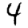
Digit: 4